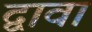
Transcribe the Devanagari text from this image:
द्वावा